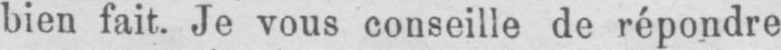
bien fait. Je vous conseille de répondre